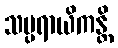
သမ္ပရာယိကန္တိ